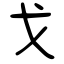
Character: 戈